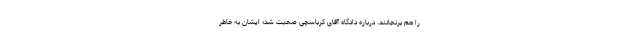
را هم برنجانند. درباره دادگاه آقای كرباسچی صحبت شد؛ ایشان به خاطر